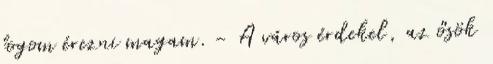
fogom érezni magam. - A város érdekel, az ősök